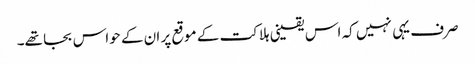
صرف یہی نہیں کہ اس یقینی ہلاکت کے موقع پر ان کے حواس بجا تھے۔